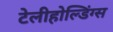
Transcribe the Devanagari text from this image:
टेलीहोल्डिंग्स